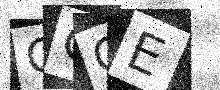
Text: OOQE